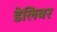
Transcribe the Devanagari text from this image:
डेलिवर